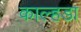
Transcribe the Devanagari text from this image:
काल्हडा